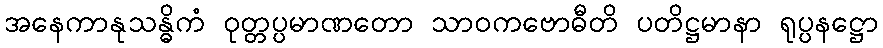
အနေကာနုသန္ဓိကံ ဝုတ္တပ္ပမာဏတော သာဝကဗောဓီတိ ပတိဋ္ဌမာနာ ရုပ္ပနဋ္ဌော